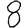
Digit: 8